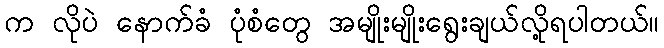
က လိုပဲ နောက်ခံ ပုံစံတွေ အမျိုးမျိုးရွေးချယ်လို့ရပါတယ်။